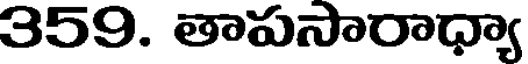
359. తాపసారాధ్యా